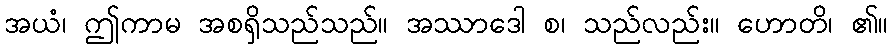
အယံ၊ ဤကာမ အစရှိသည်သည်။ အဿာဒေါ စ၊ သည်လည်း။ ဟောတိ၊ ၏။